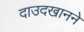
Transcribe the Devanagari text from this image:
दाउदखानने